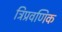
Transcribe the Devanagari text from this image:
त्रिप्रवणिक